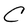
Character: C